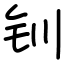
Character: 钏